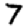
Digit: 7